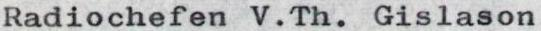
Radiochefen V.Th. Gislason